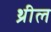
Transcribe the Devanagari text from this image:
थ्रील